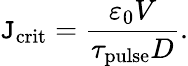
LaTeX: \mathtt{J}_{\mathrm{{crit}}}=\frac{{\varepsilon_{0}V}}{{\tau_{\mathrm{{pulse}}}D}}.